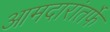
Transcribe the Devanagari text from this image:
आमदारांतर्फे